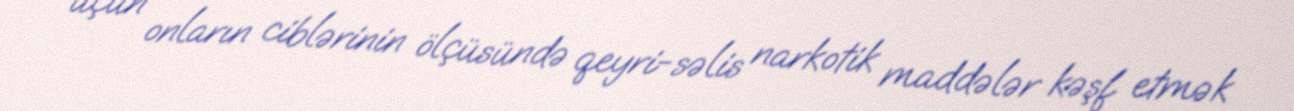
üçün onların ciblərinin ölçüsündə qeyri-səlis narkotik maddələr kəşf etmək